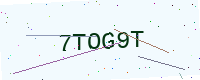
Text: 7TOG9T